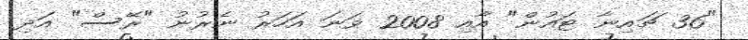
"36 ޗައިނާ ޓައުން" އާއި 2008 ވަނަ އަހަރު ނެރުނު "ރޭސް" އަދި